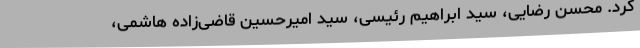
کرد. محسن رضایی، سید ابراهیم رئیسی، سید امیرحسین قاضی‌زاده هاشمی،